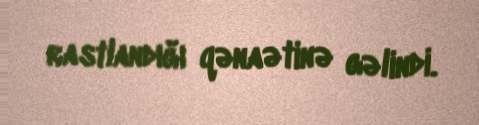
rastlandığı qənaətinə gəlindi.